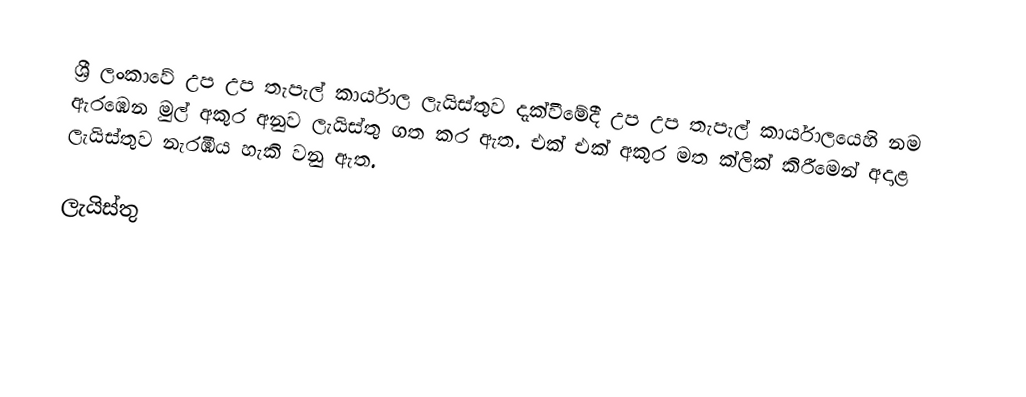
ශ්‍රී ලංකාවේ උප උප තැපැල් කාර්යාල ලැයිස්තුව දැක්වීමේදී උප උප තැපැල් කාර්යාලයෙහි නම ඇරඹෙන මුල් අකුර අනුව ලැයිස්තු ගත කර ඇත. එක් එක් අකුර මත ක්ලික් කිරීමෙන් අදාළ ලැයිස්තුව නැරඹිය හැකි වනු ඇත.

ලැයිස්තු